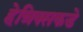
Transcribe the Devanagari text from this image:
हेन्रिक्सकडे